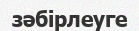
зәбірлеуге